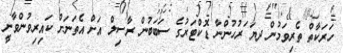
ހަރަކާތް ތެރިވަމުން ދޔަ ަރުހުންނާ ޑޮކްޓަރުގެ ސަބަބުން ރާސިލް އަށް އެތަނަށް ކައިރިވުންވާނީ